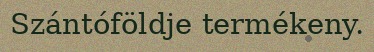
Szántóföldje termékeny.